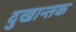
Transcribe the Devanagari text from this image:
दुखान्तक